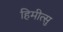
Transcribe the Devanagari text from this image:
हिमीत्सु